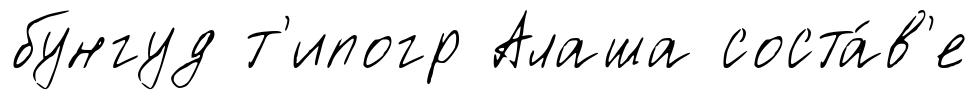
бунгуд т'ипогр Алаша соста́в'е